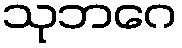
သုဘဂေ